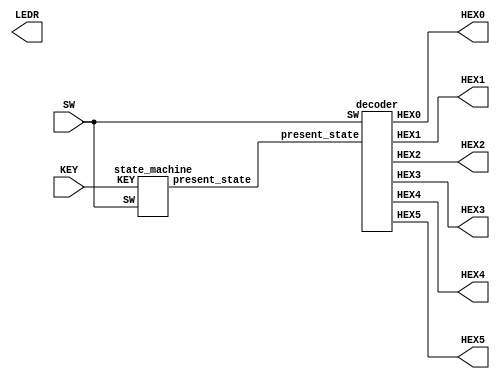
`define sa 4'b0000
`define sb 4'b0001
`define sc 4'b0010
`define sd 4'b0011
`define se 4'b0100
`define sf 4'b0101
`define s_open 4'b0110
`define s_close 4'b0111
`define s_error 4'b1000

module lab3_top(SW,KEY,HEX0,HEX1,HEX2,HEX3,HEX4,HEX5,LEDR);
  input [9:0] SW;
  input [3:0] KEY;
  output [6:0] HEX0, HEX1, HEX2, HEX3, HEX4, HEX5;
  output [9:0] LEDR;
  wire [3:0] present_state; // optional: use these outputs for debugging on your DE1-SoC

state_machine module1 (SW,KEY,present_state);
decoder module2 (present_state,SW,HEX0,HEX1,HEX2,HEX3,HEX4,HEX5);



  // put your solution code here!
endmodule

module state_machine (SW,KEY,present_state);
input [9:0] SW;
input [3:0] KEY;
output[3:0]present_state;
reg[3:0]present_state;
always@(negedge KEY[0])
begin
if (KEY[3]==1'b0)begin
present_state=`sa;
end
else if(present_state==`s_error|present_state==`s_open|present_state==`s_close) begin
if(present_state==`s_error)
present_state=`s_error;
else if(present_state==`s_open)
present_state=`s_open;
else 
present_state=`s_close;
end
else if (SW[3:0]==4'b1010|SW[3:0]==4'b1011|SW[3:0]==4'b1100|SW[3:0]==4'b1101|SW[3:0]==4'b1110|SW[3:0]==4'b1111)
present_state=`s_error;
else
begin
case(present_state)
`sa:if(SW[3:0]==4'b0100)
present_state=`sb;
else
present_state=`s_close;
`sb:if(SW[3:0]==4'b0011)
present_state=`sc;
else
present_state[3:0]=`s_close;
`sc:if(SW[3:0]==4'b0010)
present_state[3:0]=`sd;
else
present_state[3:0]=`s_close;
`sd:if(SW[3:0]==4'b0111)
present_state[3:0]=`se;
else
present_state[3:0]=`s_close;
`se:if(SW[3:0]==4'b0011)
present_state[3:0]=`sf;
else
present_state[3:0]=`s_close;
`sf:if(SW[3:0]==4'b0001)
present_state[3:0]=`s_open;
else
present_state[3:0]=`s_close;
default: present_state[3:0]={4{1'bx}};

endcase
end
end
endmodule

module decoder(present_state,SW,HEX0,HEX1,HEX2,HEX3,HEX4,HEX5);
input [3:0] present_state;
input [9:0] SW;
output [6:0] HEX0,HEX1,HEX2,HEX3,HEX4,HEX5;
reg[6:0] HEX0,HEX1,HEX2,HEX3,HEX4,HEX5;
always@(*)
begin
case(present_state)
`s_error:
begin
HEX0[6:0]=7'b0101111;
HEX1[6:0]=7'b1000000;
HEX2[6:0]=7'b0101111;
HEX3[6:0]=7'b0101111;
HEX4[6:0]=7'b0000110;
HEX5[6:0]=7'b1111111;
end
`s_open:
begin
HEX0[6:0]=7'b0101011;
HEX1[6:0]=7'b0000110;
HEX2[6:0]=7'b0001100;
HEX3[6:0]=7'b1000000;
HEX4[6:0]=7'b1111111;
HEX5[6:0]=7'b1111111;
end
`s_close:
begin
HEX0[6:0]=7'b1000000;
HEX1[6:0]=7'b0000110;
HEX2[6:0]=7'b0010010;
HEX3[6:0]=7'b1000000;
HEX4[6:0]=7'b1000111;
HEX5[6:0]=7'b1000110;
end
default:
begin
HEX0[6]=(~SW[3]&~SW[2]&~SW[1]&~SW[0])|(~SW[3]&~SW[2]&~SW[1]&SW[0])|(~SW[3]&SW[2]&SW[1]&SW[0]);
HEX0[5]=(~SW[3]&~SW[2]&~SW[1]&SW[0])|(~SW[3]&~SW[2]&SW[1]&~SW[0])|(~SW[3]&~SW[2]&SW[1]&SW[0])|(~SW[3]&SW[2]&SW[1]&SW[0]);
HEX0[4]=(~SW[3]&~SW[2]&~SW[1]&SW[0])|(~SW[3]&~SW[2]&SW[1]&SW[0])|(~SW[3]&SW[2]&~SW[1]&~SW[0])|(~SW[3]&SW[2]&~SW[1]&SW[0])|(~SW[3]&SW[2]&SW[1]&SW[0])|(SW[3]&~SW[2]&~SW[1]&SW[0]);
HEX0[3]=(~SW[3]&~SW[2]&~SW[1]&SW[0])|(~SW[3]&SW[2]&~SW[1]&~SW[0])|(~SW[3]&SW[2]&SW[1]&SW[0]);
HEX0[2]=(~SW[3]&~SW[2]&SW[1]&~SW[0]);
HEX0[1]=(~SW[3]&SW[2]&~SW[1]&SW[0])|(~SW[3]&SW[2]&SW[1]&~SW[0]);
HEX0[0]=(~SW[3]&~SW[2]&~SW[1]&SW[0])|(~SW[3]&SW[2]&~SW[1]&~SW[0]);
HEX1[6:0]=7'b1111111;
HEX2[6:0]=7'b1111111;
HEX3[6:0]=7'b1111111;
HEX4[6:0]=7'b1111111;
HEX5[6:0]=7'b1111111;
end
endcase
end
endmodule